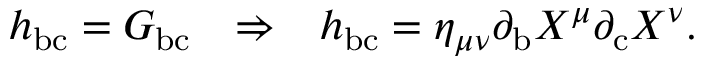
\begin{array} { c c c } { { h _ { \mathrm { b c } } = G _ { \mathrm { b c } } } } & { { \Rightarrow } } & { { h _ { \mathrm { b c } } = \eta _ { \mu \nu } \partial _ { \mathrm { b } } X ^ { \mu } \partial _ { \mathrm { c } } X ^ { \nu } . } } \end{array}